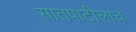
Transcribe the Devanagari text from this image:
सातपाटीलाच